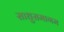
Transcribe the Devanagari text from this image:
साधुसमागम